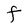
Character: F